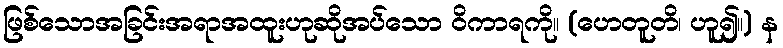
ဖြစ်သောအခြင်းအရာအထူးဟုဆိုအပ်သော ဝိကာရကို။ (ဟေတူတိ၊ ဟူ၍။) န